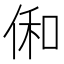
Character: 俰